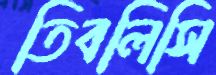
তিবলিসি